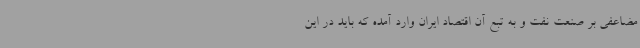
مضاعفی بر صنعت نفت و به تبع آن اقتصاد ایران وارد آمده که باید در این